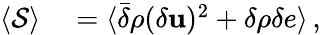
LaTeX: \begin{array}{rl}{\langle{\cal S}\rangle}&{{}=\langle\bar{\delta}\rho(\delta{\mathbf u})^{2}+\delta\rho\delta e\rangle\, ,}\end{array}